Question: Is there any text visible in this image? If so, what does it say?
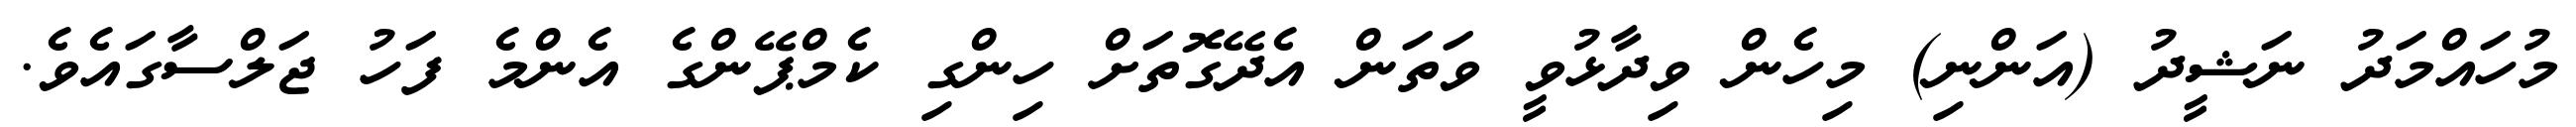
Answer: މުހައްމަދު ނަޝީދު (އަންނި) މިހެން ވިދާޅުވީ ވަތަން އެދޭގޮތަށް ހިންގި ކެމްޕޭންގެ އެންމެ ފަހު ޖަލްސާގައެވެ.